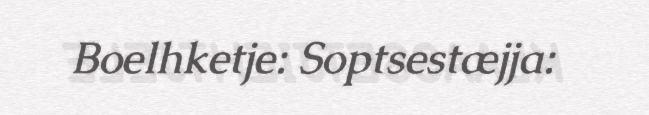
Boelhketje: Soptsestæjja: